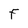
Character: F